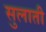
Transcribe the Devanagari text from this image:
सुलाती